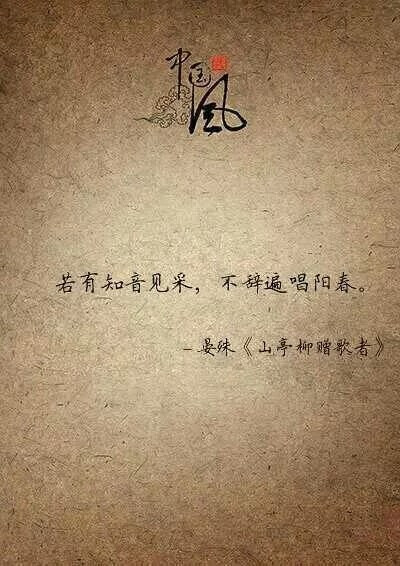
若有知音见采，不辞遍唱阳春。